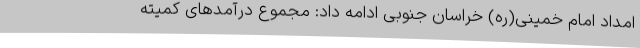
امداد امام خمینی(ره) خراسان جنوبی ادامه داد: مجموع درآمدهای کمیته